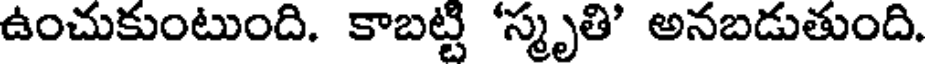
ఉంచుకుంటుంది. కాబట్టి 'స్మృతి' అనబడుతుంది.